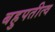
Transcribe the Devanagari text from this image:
बहुपतीत्व